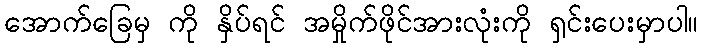
အောက်ခြေမှ ကို နှိပ်ရင် အမှိုက်ဖိုင်အားလုံးကို ရှင်းပေးမှာပါ။